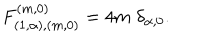
F _ { ( 1 , \alpha ) , ( m , 0 ) } ^ { ( m , 0 ) } = 4 m \; \delta _ { \alpha , 0 } .